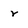
Character: r